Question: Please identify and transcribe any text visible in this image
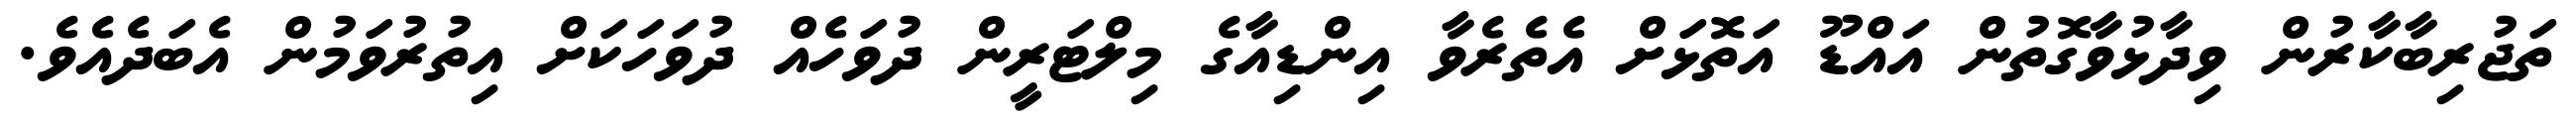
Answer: ތަޖުރިބާކާރުން ވިދާޅުވާގޮތުން އައްޑޫ އަތޮޅަށް އެތެރެވާ އިންޑިއާގެ މިލްޓަރީން ދުވަހެއް ދުވަހަކަށް އިތުރުވަމުން އެބަދެއެވެ.